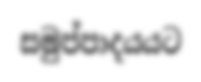
සමුප්පාදයයට